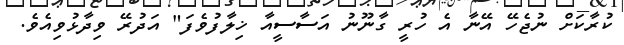
ކުރާކަށް ނުޖެހޭ އޭނާ އެ ހުރީ ގާނޫނު އަސާސީއާ ޚިލާފުވެފަ" އަދުރޭ ވިދާޅުވިއެވެ.